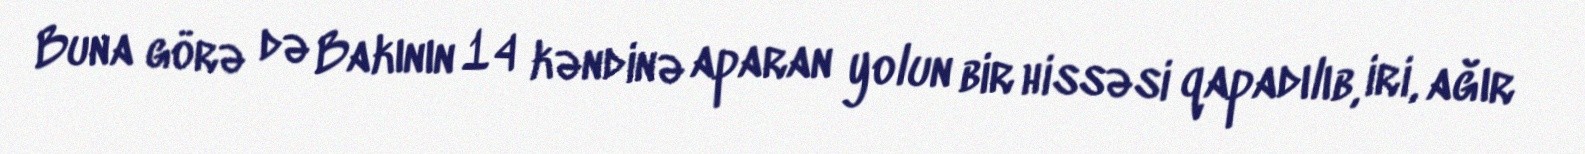
Buna görə də Bakının 14 kəndinə aparan yolun bir hissəsi qapadılıb, iri, ağır